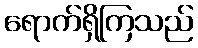
ရောက်ရှိကြသည်